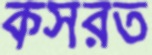
কসরত